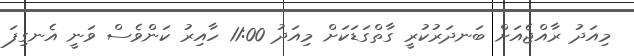
މިއަދު ރާއްޖެއަށް ބަނދަރުކުރީ ގާތްގަޑަކަށް މިއަދު 11:00 ހާއިރު ކަންވެސް ވަނީ އެނގިފަ